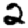
Digit: 2